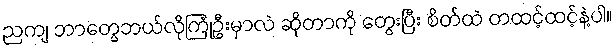
ညကျ ဘာတွေဘယ်လိုကြုံဦးမှာလဲ ဆိုတာကို တွေးပြီး စိတ်ထဲ တထင့်ထင့်နဲ့ပါ။